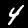
Digit: 4